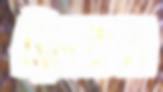
ট্যাংকস